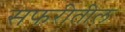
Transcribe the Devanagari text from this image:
सफरीतील